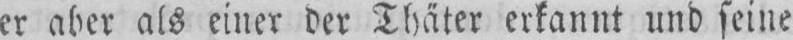
er aber als einer der Thäter erkannt und seine